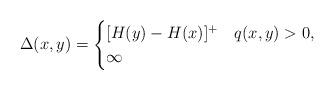
LaTeX: \begin{align*}\Delta(x,y)=\begin{cases}[H(y) - H(x)]^+ & q(x,y)>0,\\\infty & \end{cases}\end{align*}